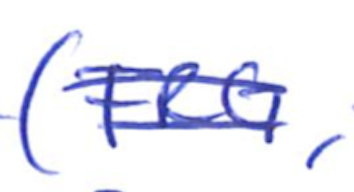
Text: (FRG,
Cross-out: double-line
Writing tool: ballpoint